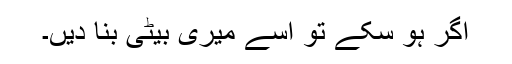
اگر ہو سکے تو اسے میری بیٹی بنا دیں۔